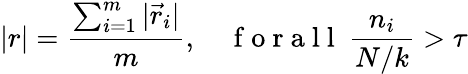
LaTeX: |r|=\frac{\sum_{i=1}^{m}|\vec{r}_{i}|}{m},\quad\mathrm{~f~o~r~a~l~l~}\ \frac{n_{i}}{N/k}>\tau